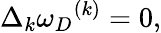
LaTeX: \Delta_{k}{\omega_{D}}^{(k)}=0,